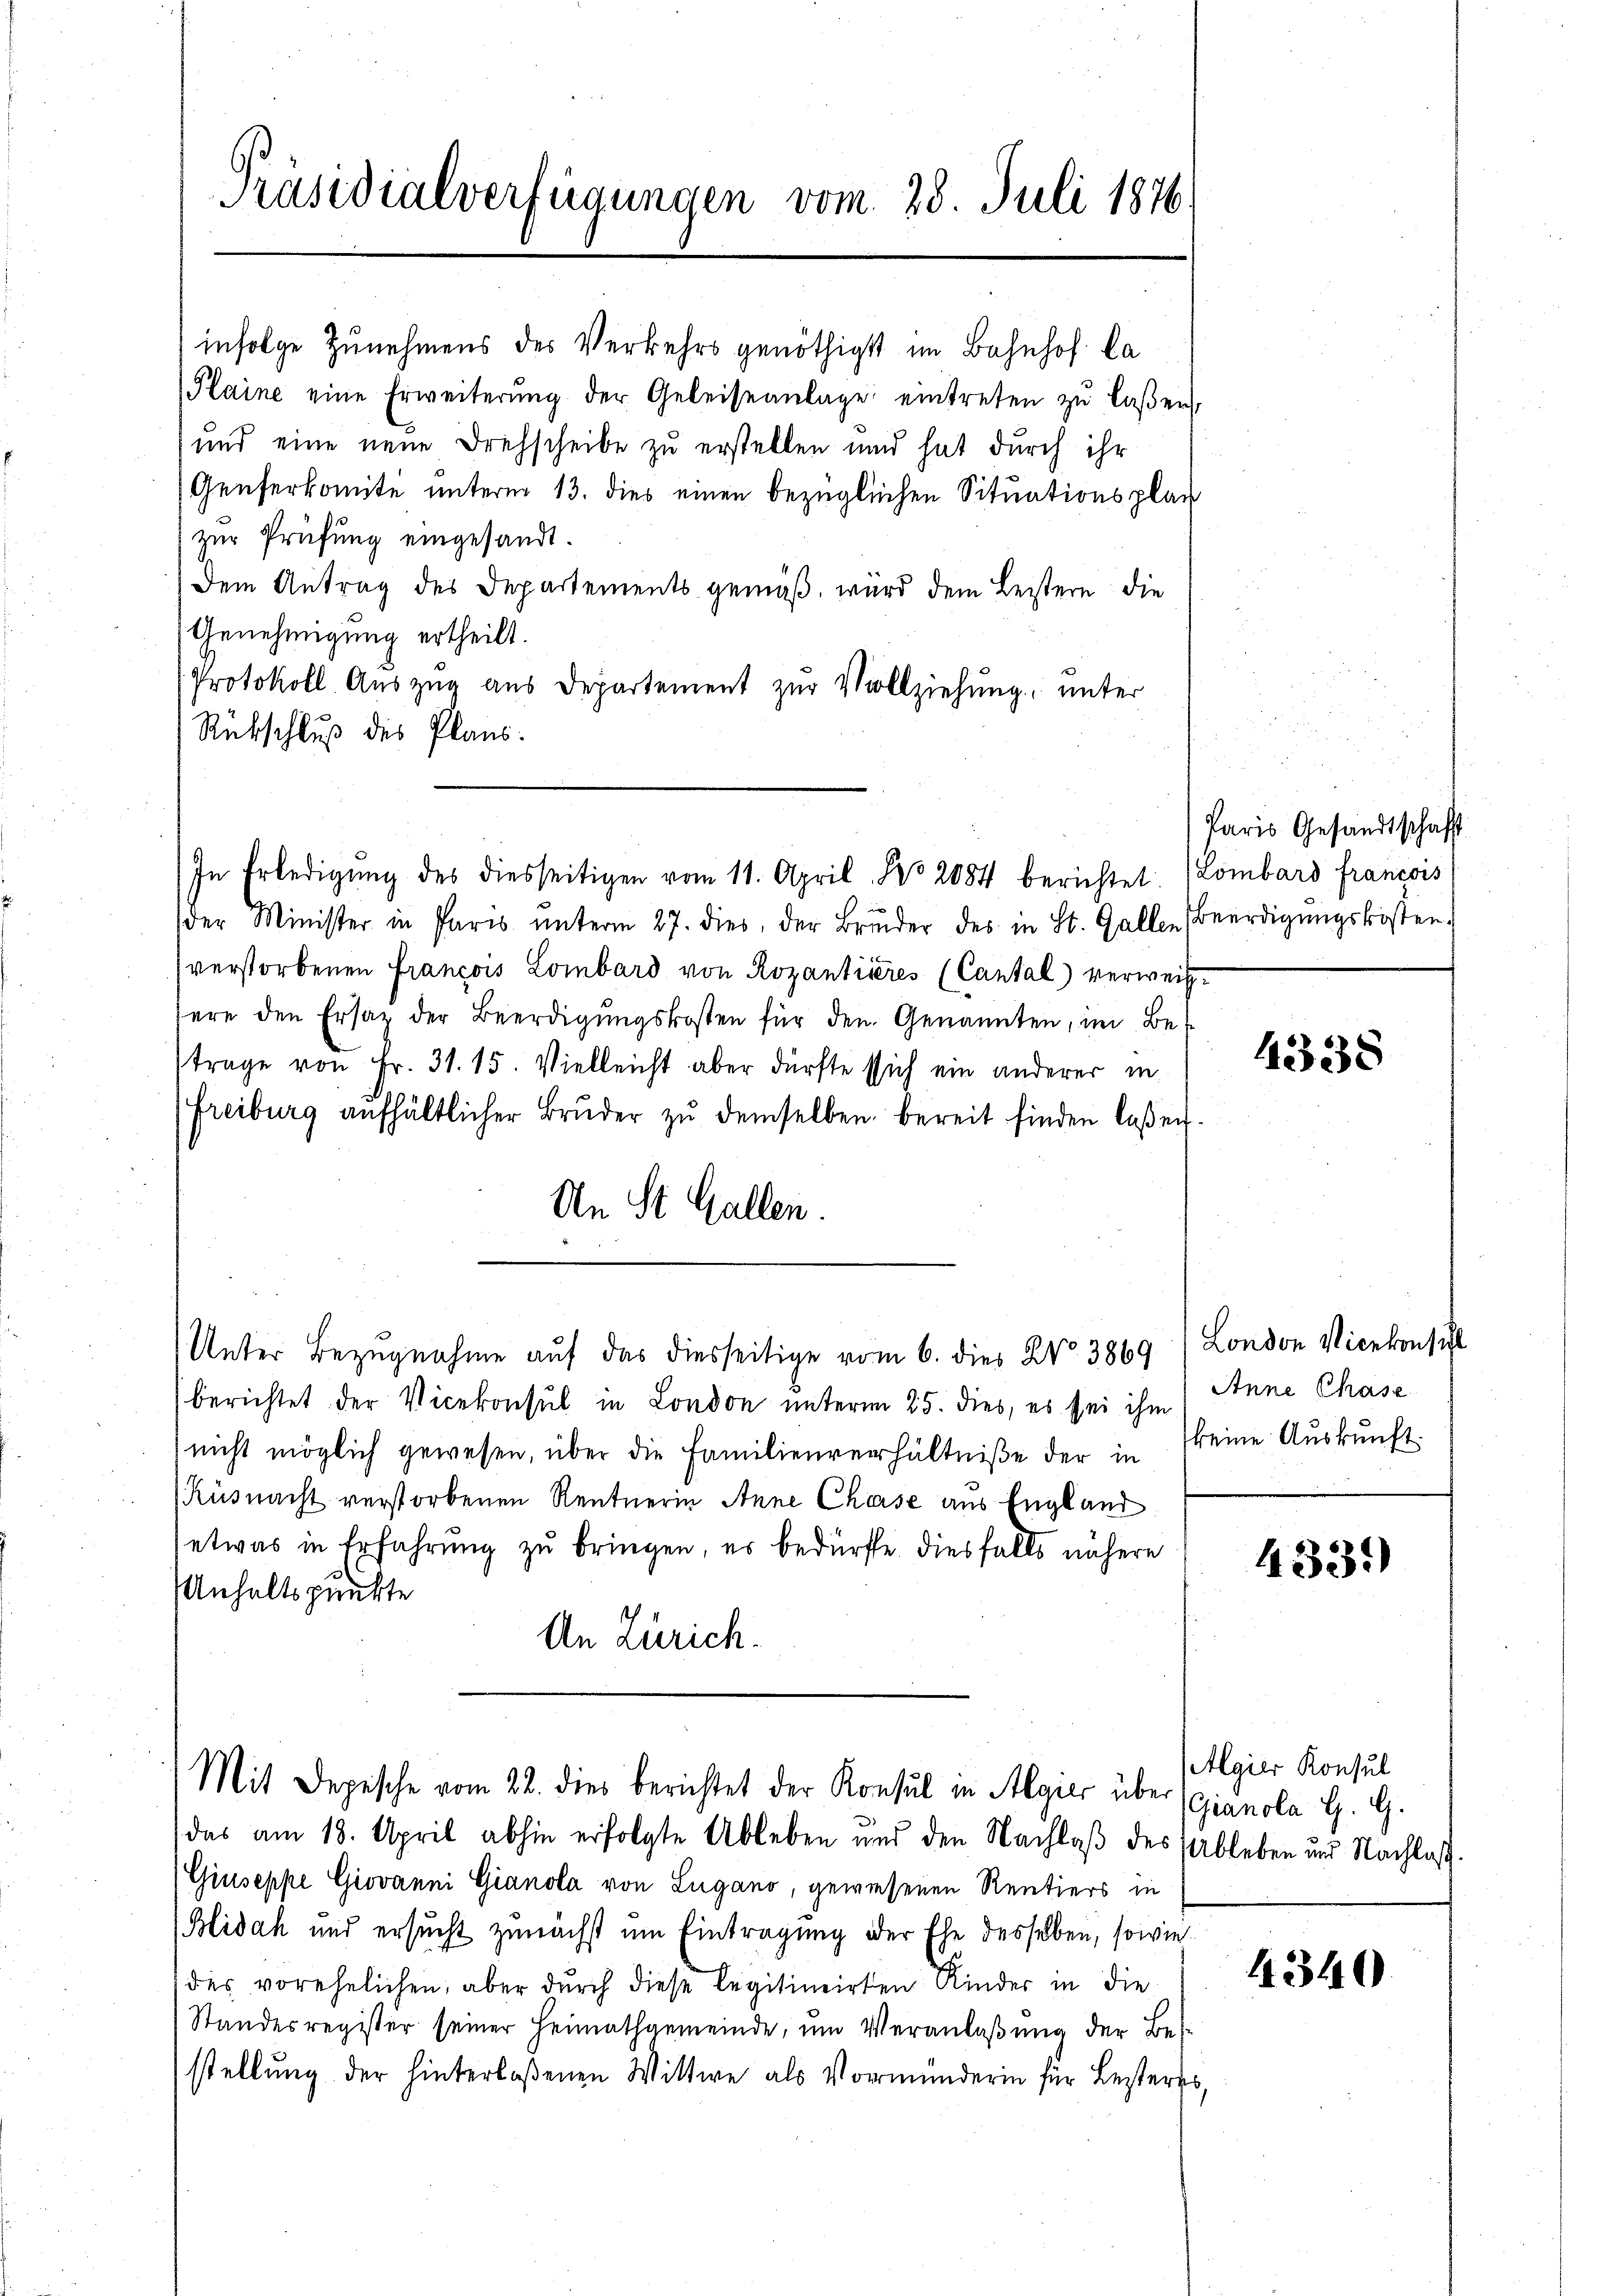
Präsidialverfügungen vom 28. Juli 1876

infolge Zunehmens des Verkehrs genöthigst im Bahnhof Ca
Plaine eine Erweiterŭng der Geleiseanlage eintreten zŭ laβen.
und eine neue Drehscheibe zu erstellen und hat durch ihr
Genferkomite unterm 13. dies einen bezüglichen Situationsplan
zur Prüfung eingesandt.
Dem Antrag des Departements gemäß, wird dem Leistern die
Genehmigung ertheilt.
Protokoll. Aŭszŭg aŭs Departement zŭr Vollziehung, unter
Rückschluß des Plans.
der Minister in Paris ŭnterm 27. dies, der Brŭder des in St. Gallen Beerdigŭngskosten.
verstorbenen Francois Lombard von Rozantieres (Cantal verweissere den Ersatz der Beerdigŭngskosten für den Genannten, im Betrage von Fr. 31. 15. Vielleicht aber dürfte sich ein anderer in
(Freiburg aufhältlicher Brŭder zŭ demselben bereit finden laßen.
An St. Gallen.
Unter Bezugnahme auf das diesseitige vom 6. dies No 3869 (London Vicekonsul
berichtet der Vicekonsul in London unterm 25. dies, es sei ihm
nicht möglich gewesen, über die Familienverhältniße der in keine Aŭskŭnft.
Küsnacht verstorbenen Rentnerin Anne Chase aus England
etwas in Erfahrung zu bringen, es bedürfte diesfalls nähere
Anhaltspunkte
An Zürich.

In Erledigŭng des diesseitigen vom 11. April No 2084 berichtet. (Lombard Francois

Mit Depesche vom 22. dies berichtet der Konsul in Algier über Gianola H. G.
das am 18. April abhin erfolgte Ableben und den Nachlaß des Ableben und Nachlas

(Giuseppe Giovanni Gianola von Lugano, gewiesenen Rentiers in
(Blidah und ersucht zunächst um Eintragung der Ehe desselben, sowie
des vorehelichen, aber durch diese Legitimirten Kinder in die
Standesregister seiner Heimathgemeinde, ŭm Veranlaβŭng der Bes
stellung der hinterlaßenen Wittwe als Vormunderin für Besteres

Paris Gesandtschaft

43338

Anne Chase

4331)

Algier Konsul

4340